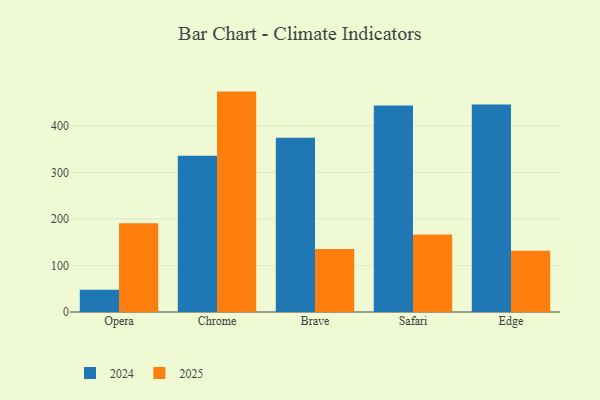
{"axis": {"x": "Browser", "y": "Operating Costs (USD K)"}, "legend": ["2024", "2025"], "data": [{"x": "Opera", "y": 190.9, "type": "2025"}, {"x": "Opera", "y": 47.8, "type": "2024"}, {"x": "Chrome", "y": 473.9, "type": "2025"}, {"x": "Chrome", "y": 336.0, "type": "2024"}, {"x": "Brave", "y": 135.4, "type": "2025"}, {"x": "Brave", "y": 374.6, "type": "2024"}, {"x": "Safari", "y": 166.9, "type": "2025"}, {"x": "Safari", "y": 444.2, "type": "2024"}, {"x": "Edge", "y": 131.7, "type": "2025"}, {"x": "Edge", "y": 446.2, "type": "2024"}]}